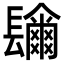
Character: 𨲼